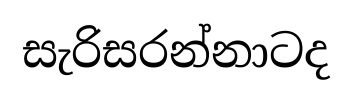
සැරිසරන්නාටද